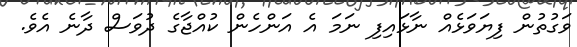
ވަގުތުން ފިޔަވަޅެއް ނާޅައިފި ނަމަ އެ އަންހެން ކުއްޖާގެ ދުވަސް ދާނެ އެވެ.